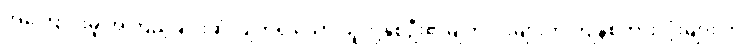
အကြောင်းမူ အကြည့်ချင်းဆုံလျက်ရှိ သော သူတို့နှစ်ဦး၏မျက်လုံးများက ကျန်စကားလုံးများ ကို